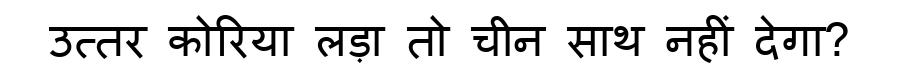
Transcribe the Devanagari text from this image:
उत्तर कोरिया लड़ा तो चीन साथ नहीं देगा?